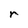
Character: r